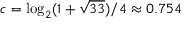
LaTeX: c = \log _ { 2 } ( 1 + { \sqrt { 3 3 } } ) / 4 \approx 0 . 7 5 4